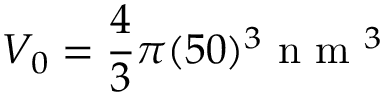
V _ { 0 } = \frac { 4 } { 3 } \pi ( 5 0 ) ^ { 3 } \mathrm { ~ n ~ m ~ } ^ { 3 }